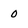
Character: 0